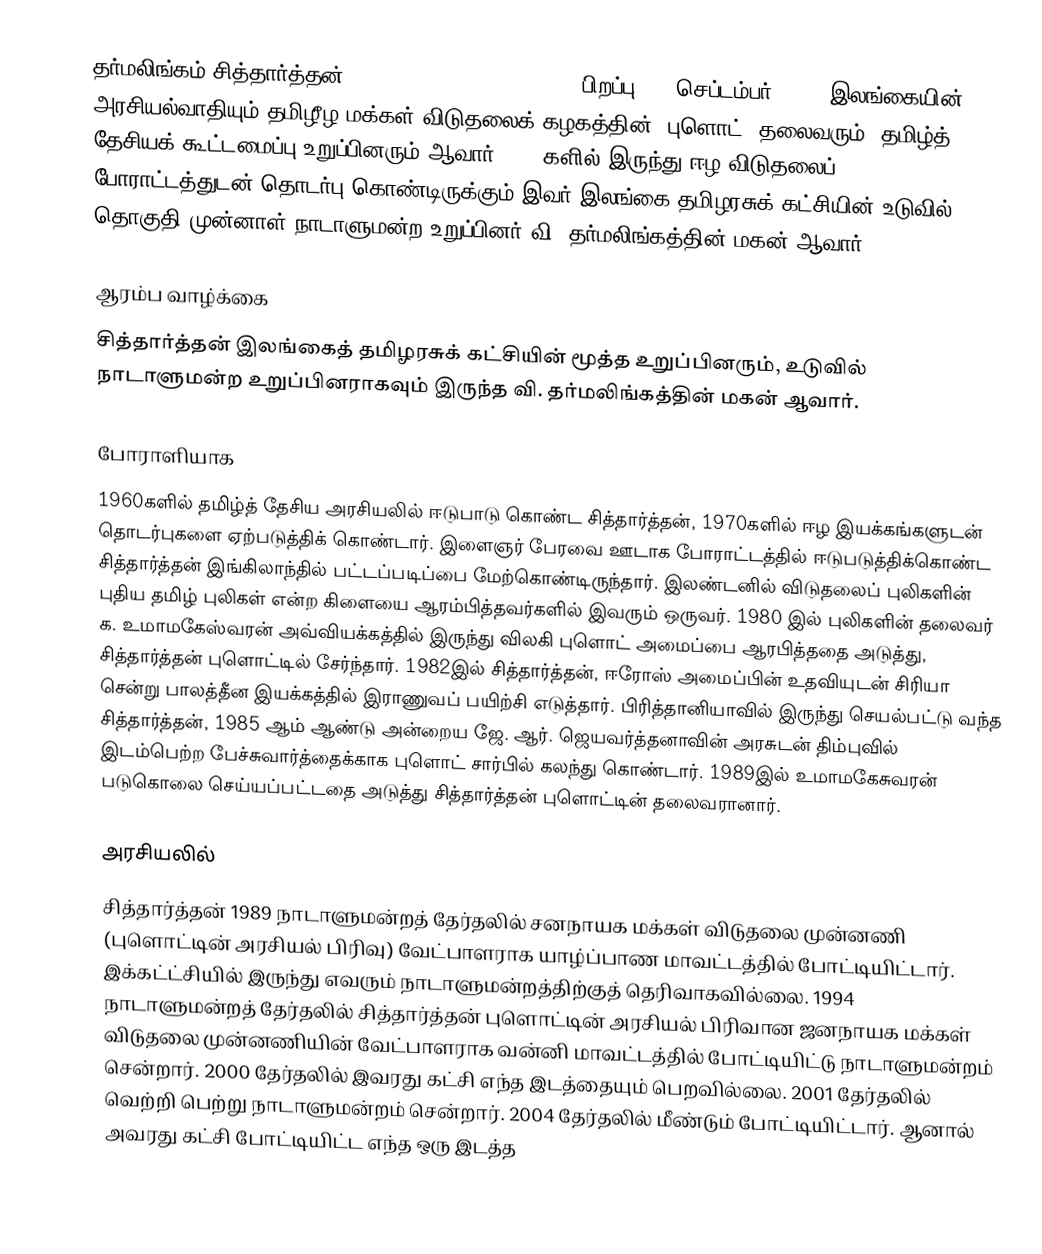
தர்மலிங்கம் சித்தார்த்தன் '(Dharmalingam Siddharthan,  பிறப்பு: 10 செப்டம்பர் 1948) இலங்கையின் அரசியல்வாதியும் தமிழீழ மக்கள் விடுதலைக் கழகத்தின் (புளொட்) தலைவரும், தமிழ்த் தேசியக் கூட்டமைப்பு உறுப்பினரும் ஆவார். 1970களில் இருந்து ஈழ விடுதலைப் போராட்டத்துடன் தொடர்பு கொண்டிருக்கும் இவர் இலங்கை தமிழரசுக் கட்சியின் உடுவில் தொகுதி முன்னாள் நாடாளுமன்ற உறுப்பினர் வி. தர்மலிங்கத்தின் மகன் ஆவார்.

ஆரம்ப வாழ்க்கை
சித்தார்த்தன் இலங்கைத் தமிழரசுக் கட்சியின் மூத்த உறுப்பினரும், உடுவில் நாடாளுமன்ற உறுப்பினராகவும் இருந்த வி. தர்மலிங்கத்தின் மகன் ஆவார்.

போராளியாக
1960களில் தமிழ்த் தேசிய அரசியலில் ஈடுபாடு கொண்ட சித்தார்த்தன், 1970களில் ஈழ இயக்கங்களுடன் தொடர்புகளை ஏற்படுத்திக் கொண்டார். இளைஞர் பேரவை ஊடாக போராட்டத்தில் ஈடுபடுத்திக்கொண்ட சித்தார்த்தன் இங்கிலாந்தில் பட்டப்படிப்பை மேற்கொண்டிருந்தார். இலண்டனில் விடுதலைப் புலிகளின் புதிய தமிழ் புலிகள் என்ற கிளையை ஆரம்பித்தவர்களில் இவரும் ஒருவர். 1980 இல் புலிகளின் தலைவர் க. உமாமகேஸ்வரன் அவ்வியக்கத்தில் இருந்து விலகி புளொட் அமைப்பை ஆரபித்ததை அடுத்து, சித்தார்த்தன் புளொட்டில் சேர்ந்தார். 1982இல் சித்தார்த்தன், ஈரோஸ் அமைப்பின் உதவியுடன் சிரியா சென்று பாலத்தீன இயக்கத்தில் இராணுவப் பயிற்சி எடுத்தார். பிரித்தானியாவில் இருந்து செயல்பட்டு வந்த சித்தார்த்தன், 1985 ஆம் ஆண்டு அன்றைய ஜே. ஆர். ஜெயவர்த்தனாவின் அரசுடன் திம்புவில் இடம்பெற்ற பேச்சுவார்த்தைக்காக புளொட் சார்பில் கலந்து கொண்டார். 1989இல் உமாமகேசுவரன் படுகொலை செய்யப்பட்டதை அடுத்து சித்தார்த்தன் புளொட்டின் தலைவரானார்.

அரசியலில்
சித்தார்த்தன் 1989 நாடாளுமன்றத் தேர்தலில் சனநாயக மக்கள் விடுதலை முன்னணி (புளொட்டின் அரசியல் பிரிவு) வேட்பாளராக யாழ்ப்பாண மாவட்டத்தில் போட்டியிட்டார். இக்கட்ட்சியில் இருந்து எவரும் நாடாளுமன்றத்திற்குத் தெரிவாகவில்லை. 1994 நாடாளுமன்றத் தேர்தலில் சித்தார்த்தன் புளொட்டின் அரசியல் பிரிவான ஜனநாயக மக்கள் விடுதலை முன்னணியின் வேட்பாளராக வன்னி மாவட்டத்தில் போட்டியிட்டு நாடாளுமன்றம் சென்றார். 2000 தேர்தலில் இவரது கட்சி எந்த இடத்தையும் பெறவில்லை. 2001 தேர்தலில் வெற்றி பெற்று நாடாளுமன்றம் சென்றார். 2004 தேர்தலில் மீண்டும் போட்டியிட்டார். ஆனால் அவரது கட்சி போட்டியிட்ட எந்த ஒரு இடத்த